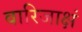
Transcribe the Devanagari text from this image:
वारिजाक्षं